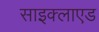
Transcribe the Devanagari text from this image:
साइक्लाएड